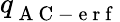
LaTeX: q_{\mathrm{~A~C~-~e~r~f~}}^{}